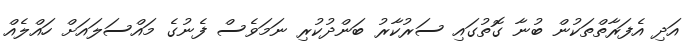
އަދި އެފަރާތްތަކުން ބުނާ ގޮތުގައި ސަރުކާރު ބަންދުކުރި ނަމަވެސް ފެނުގެ މައްސަލައަށް ހައްލެއް